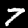
Label: 7